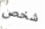
شخص